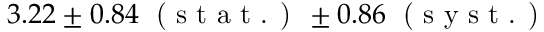
3 . 2 2 \pm 0 . 8 4 \; \textrm { ( s t a t . ) } \pm 0 . 8 6 \; \textrm { ( s y s t . ) }